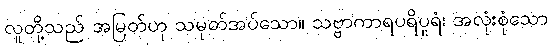
လူတို့သည် အမြတ်ဟု သမုတ်အပ်သော။ သဗ္ဗာကာရပရိပူရံ၊ အလုံးစုံသော